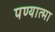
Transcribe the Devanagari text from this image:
पण्यात्मा